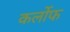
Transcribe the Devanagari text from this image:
कर्लोफ